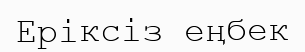
Еріксіз еңбек